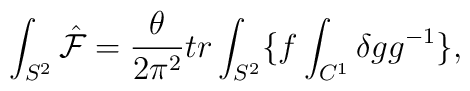
\int_{S^2}\hat{\cal F}=\frac{\theta}{2\pi^2}tr\int_{S^2}\{f\int_{C^1}\delta gg^{-1}\},